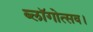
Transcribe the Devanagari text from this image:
ब्लॉगोत्सव।